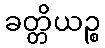
ခတ္တိယဉ္စ